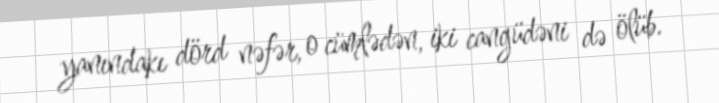
yanındakı dörd nəfər, o cümlədən, iki cangüdəni də ölüb.